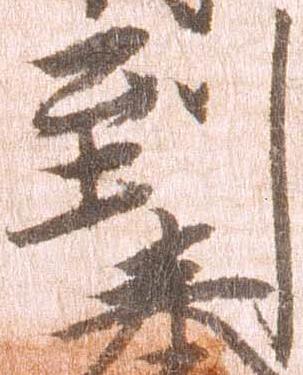
到